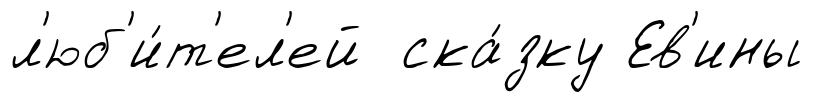
л'юб'и́т'ел'ей ска́зку Ев'ины